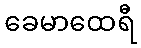
ခေမာထေရီ